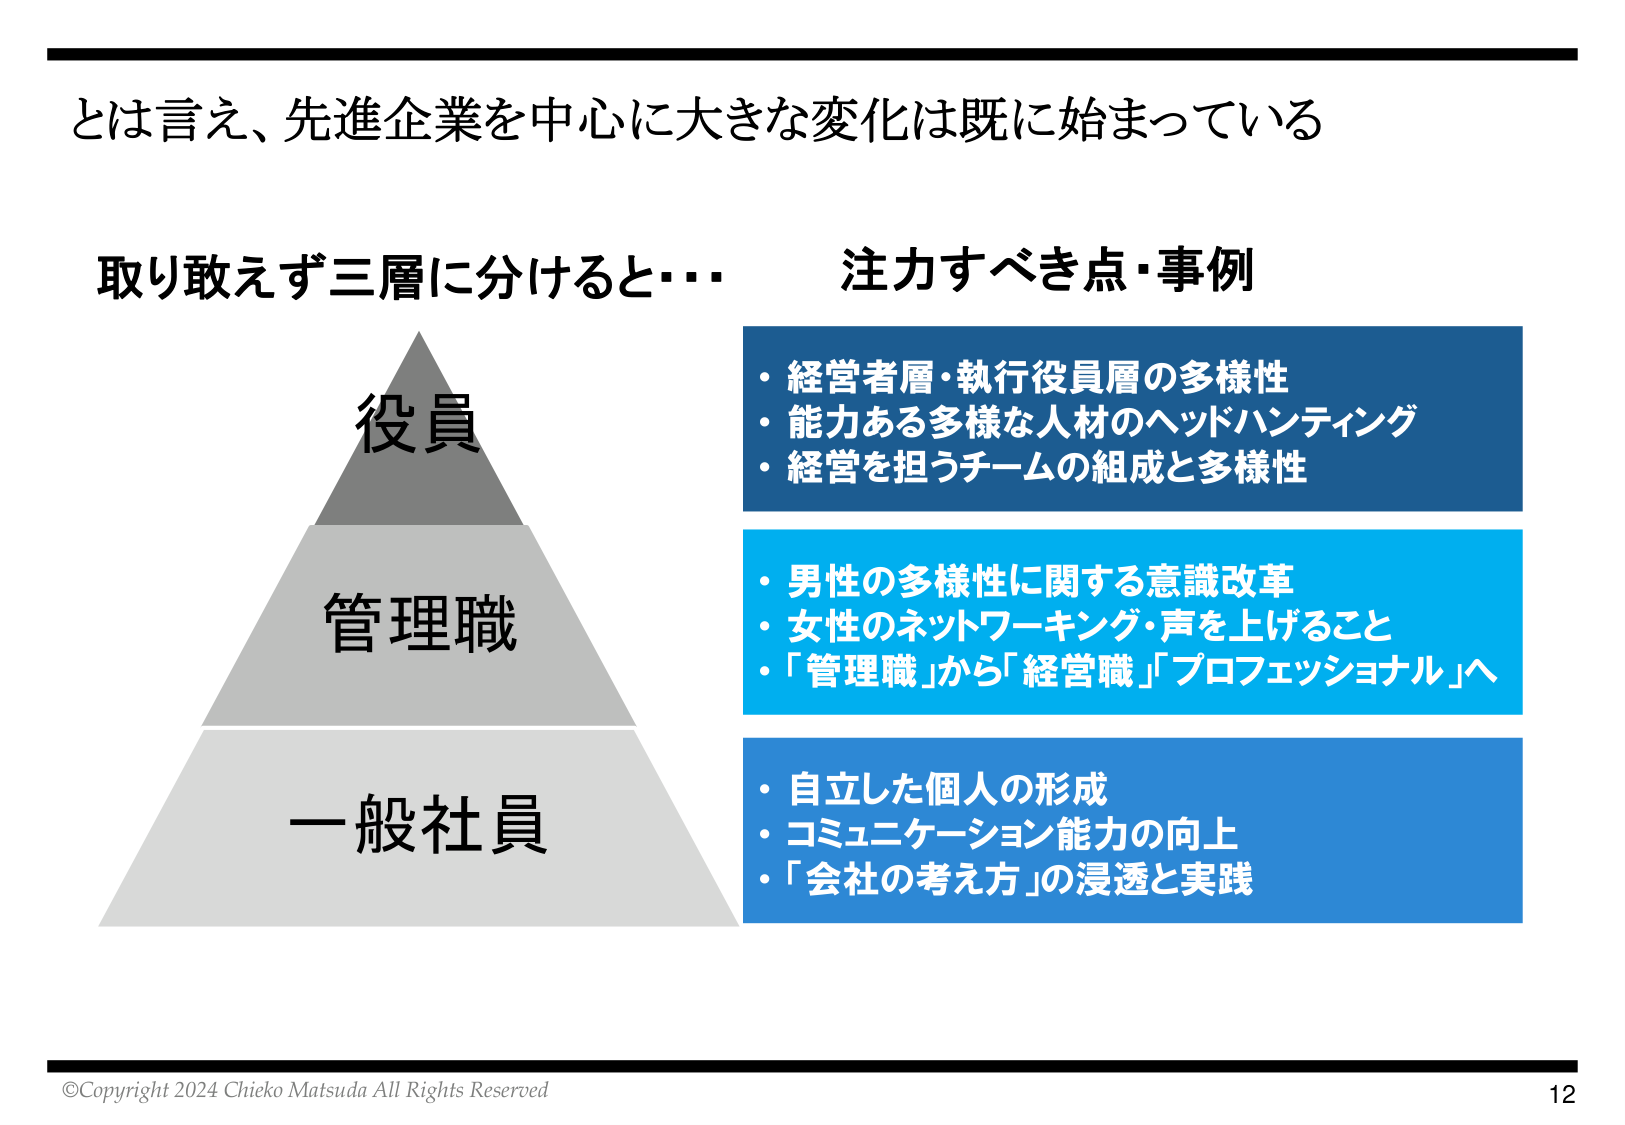
とは言え、先進企業を中心に大きな変化は既に始まっている

取り敢えず三層に分けると…
役員
管理職
一般社員

注力すべき点・事例
・経営者層・執行役員層の多様性
・能力ある多様な人材のヘッドハンティング
・経営を担うチームの組成と多様性

・男性の多様性に関する意識改革
・女性のネットワーキング・声を上げること
・「管理職」から「経営職」「プロフェッショナル」へ

・自立した個人の形成
・コミュニケーション能力の向上
・「会社の考え方」の浸透と実践

©Copyright 2024 Chieko Matsuda All Rights Reserved
12